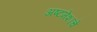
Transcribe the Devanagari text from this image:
अष्टमेशाचे